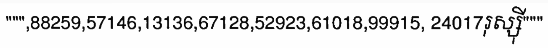
""",88259,57146,13136,67128,52923,61018,99915, 24017រុស្ស៊ី"""